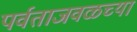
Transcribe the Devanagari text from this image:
पर्वताजवळच्या